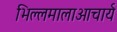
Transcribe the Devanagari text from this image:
भिल्लमालाआचार्य